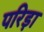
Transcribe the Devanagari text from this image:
परिड़ा